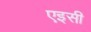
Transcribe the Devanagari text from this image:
एइसी